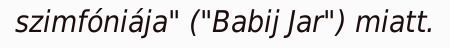
szimfóniája" ("Babij Jar") miatt.